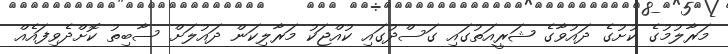
މަރާލުމުގެ ކުށުގެ ދައުވާގެ ޝަރީއަތުގައި ގަސްދުގައި ކުއްޖަކު މަރާލިކަން ދައުލަށް ސާބިތު ކޮށްދެވިފައެއް